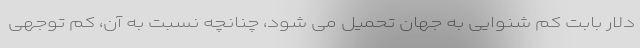
دلار بابت کم شنوایی به جهان تحمیل می شود، چنانچه نسبت به آن، کم توجهی